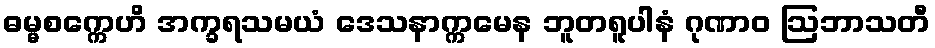
ဓမ္မစက္ကေဟိ အက္ခရသမယံ ဒေသနာက္ကမေန ဘူတရူပါနံ ဂုဏာဝ ဩဘာသတီ